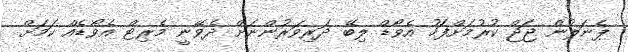
ޕެނަލުން ޖަޖް ކުރުމަށްފަހު އެވޯޑް ލިބޭ ދަރިވަރުންނަށް ދެވޭނީ މެރިޓް އެވޯޑެއް ކަމަށް